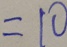
= 1 0